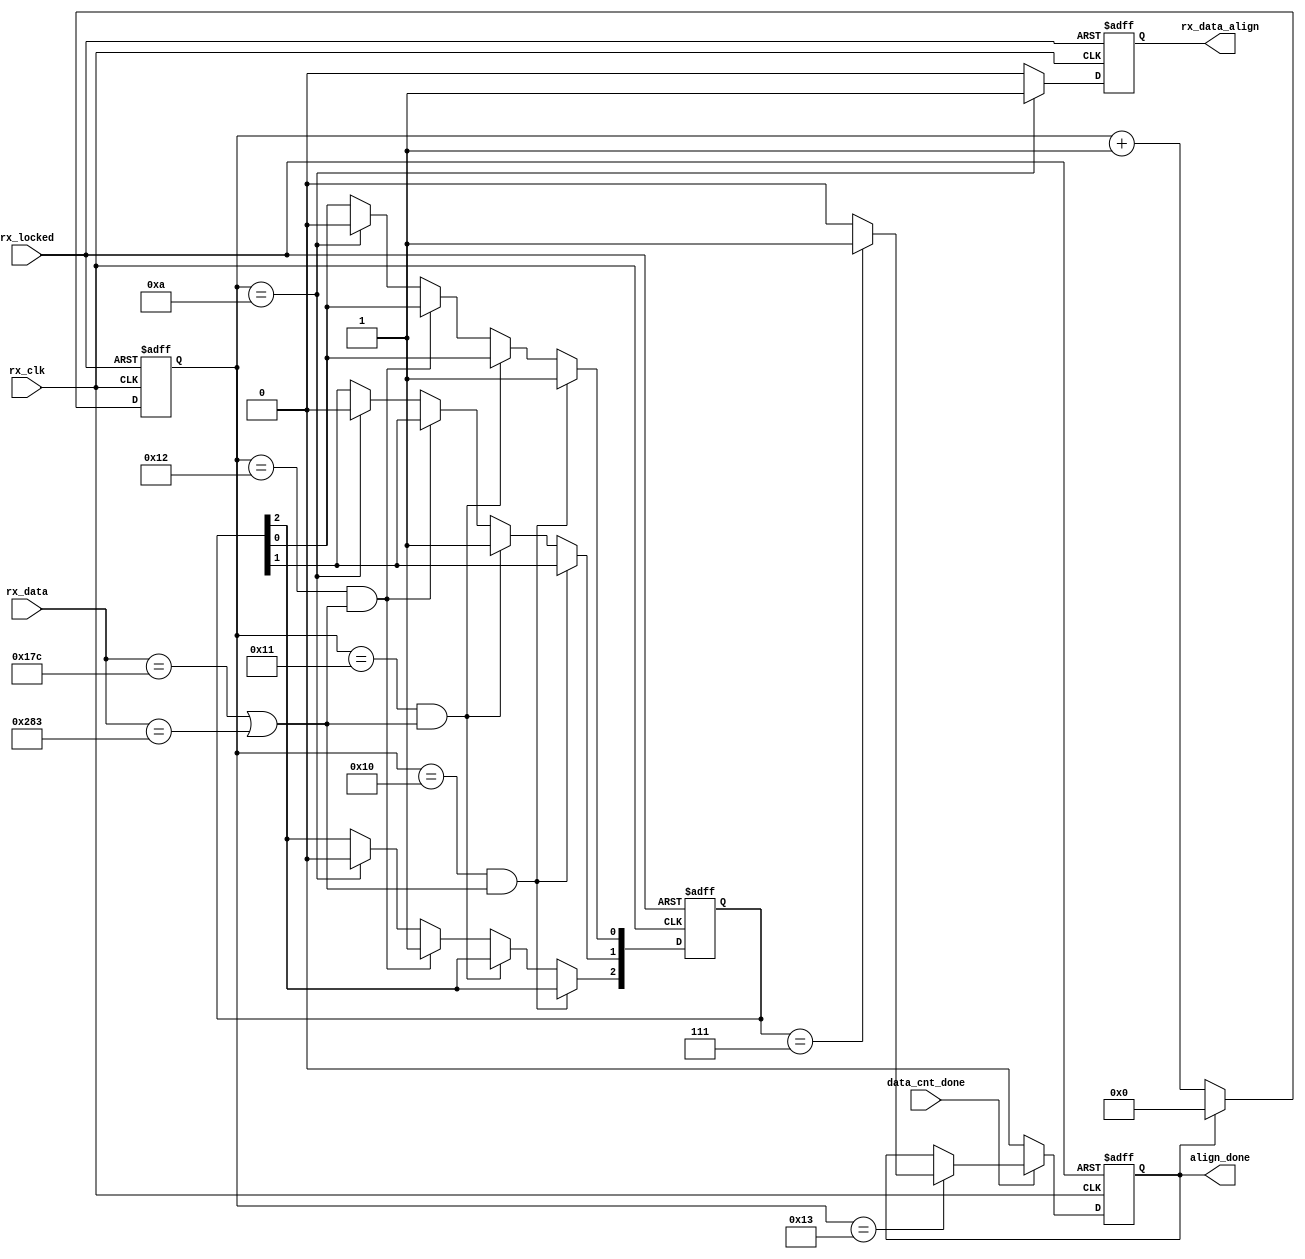
module lvds_align(
input rx_clk,
input [9:0]rx_data,
input rx_locked,
input data_cnt_done,
output reg align_done,
output reg  rx_data_align    
);

parameter comma1=10'b01_0111_1100,
          comma2=10'b10_1000_0011;

reg [4:0] cnt;
wire realign;
//assign realign=;
always @(posedge rx_clk or negedge rx_locked)
    begin
        if(!rx_locked)
            begin
                cnt<=5'b0;
            end  
        else if(align_done)
              cnt<=5'b0;
        else 
             cnt<=cnt+1'b1;           
    end
always @(posedge rx_clk or negedge rx_locked)
    begin
        if(!rx_locked)
            begin
                rx_data_align<=1'b0;
            end 
        else if(cnt==10)
             rx_data_align<=1'b1;
        else
             rx_data_align<=1'b0;     
    end
reg [2:0]judge_done;
always @(posedge rx_clk or negedge rx_locked)
    begin
        if(!rx_locked)
         judge_done<=3'b0;
        else if((cnt==16)&&(rx_data==comma1||rx_data==comma2)) judge_done[0]<=1'b1;
        else if((cnt==17)&&(rx_data==comma1||rx_data==comma2)) judge_done[1]<=1'b1;
        else if((cnt==18)&&(rx_data==comma1||rx_data==comma2)) judge_done[2]<=1'b1;
        else if(cnt==10) judge_done<=3'b0;
    end
always @(posedge rx_clk or negedge rx_locked)
    begin
        if(!rx_locked)
         align_done<=1'b0;
        else if(!data_cnt_done) 
          align_done<=1'b0;
        else if(cnt==19)
         begin
            if(judge_done==3'b111)
            align_done<=1'b1;
            else 
            align_done<=1'b0;   
         end
        else 
           align_done<=align_done; 

    end
endmodule